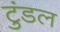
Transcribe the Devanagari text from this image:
टुंडल